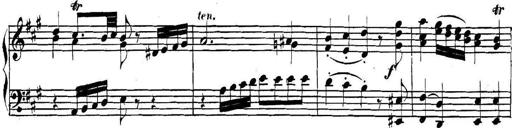
Title: Collected Piano Sonatas
Composer: Muzio Clementi